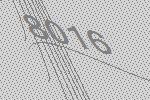
8016